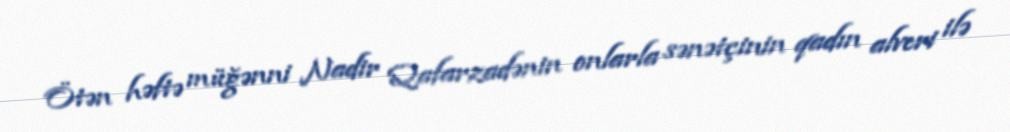
Ötən həftə müğənni Nadir Qafarzadənin onlarla sənətçinin qadın alveri ilə